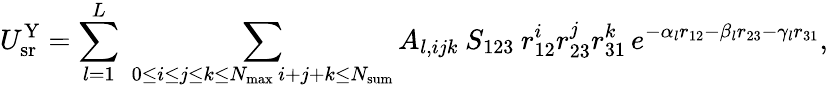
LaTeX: U_{\mathrm{sr}}^{\mathrm{Y}}=\sum_{l=1}^{L}\; \sum_{\substack{0\le i\le j\le k\le N_{\mathrm{max}}\, i+j+k\le N_{\mathrm{sum}}}}A_{l,ijk}\: S_{123}\: r_{12}^{i}r_{23}^{j}r_{31}^{k}\, e^{-\alpha_{l}r_{12}-\beta_{l}r_{23}-\gamma_{l}r_{31}},